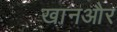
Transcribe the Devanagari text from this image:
खानऔर